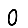
Digit: 0